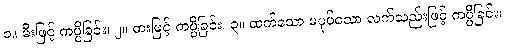
၁။ မီးဖြင့် ကပ္ပိခြင်း၊ ၂။ ဓားဖြင့် ကပ္ပိခြင်း၊ ၃။ ထက်သော မပုပ်သော လက်သည်းဖြင့် ကပ္ပိခြင်း၊